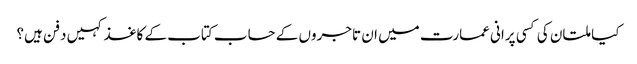
کیا ملتان کی کسی پرانی عمارت میں ان تاجروں کے حساب کتاب کے کاغذ کہیں دفن ہیں؟